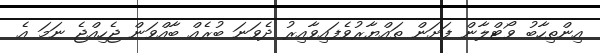
އިންތިހާބު ވޯޓްލާން ފަށަން ތައްޔާރުވެފައިވާއިރު ދެވަނަ ބުރެއް ބާއްވަން ޖެހިއްޖެ ނަމަ އެ